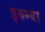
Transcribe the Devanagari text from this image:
इरुम्बा